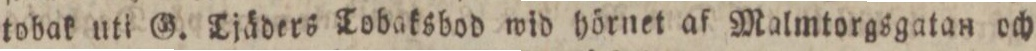
tobak utt G. Tjäders Tobaksbod wid hörnet af Malmtorgsgatan och